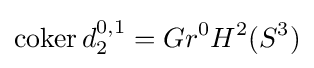
\operatorname {coker} d_{2}^{0,1}=Gr^{0}H^{2}(S^{3})